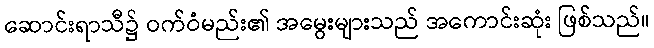
ဆောင်းရာသီ၌ ဝက်ဝံမည်း၏ အမွေးများသည် အကောင်းဆုံး ဖြစ်သည်။